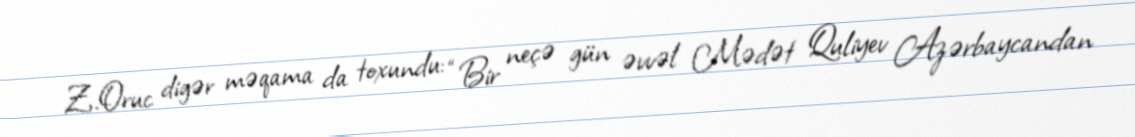
Z.Oruc digər məqama da toxundu: “Bir neçə gün əvvəl Mədət Quliyev Azərbaycandan